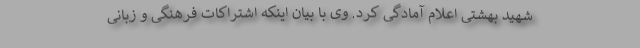
شهید بهشتی اعلام آمادگی کرد. وی با بیان اینکه اشتراکات فرهنگی و زبانی